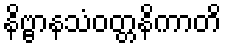
နိဗ္ဗာနသံဝတ္တနိကာတိ